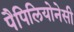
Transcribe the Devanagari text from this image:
पैपिलियोनेसी